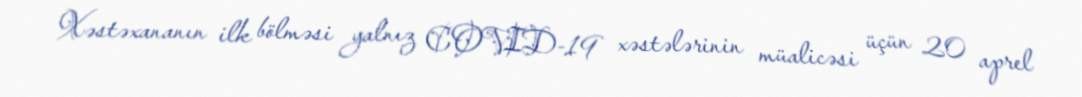
Xəstəxananın ilk bölməsi yalnız COVID-19 xəstələrinin müalicəsi üçün 20 aprel